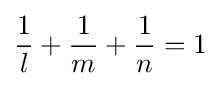
{\frac {1}{l}}+{\frac {1}{m}}+{\frac {1}{n}}=1